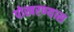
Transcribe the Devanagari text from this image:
पोखरण्यास